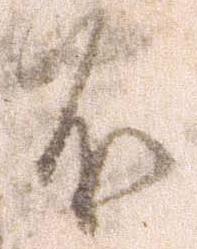
不